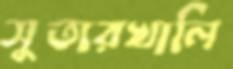
সুতারখালি